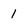
Character: 1